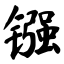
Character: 镪